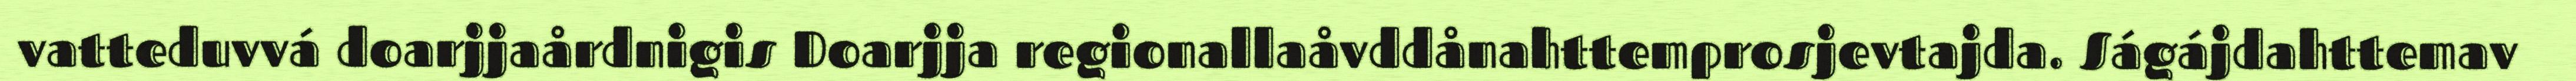
vatteduvvá doarjjaårdnigis Doarjja regionallaåvddånahttemprosjevtajda. Ságájdahttemav